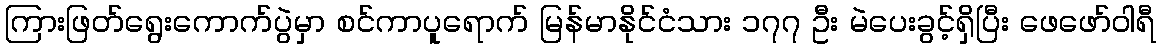
ကြားဖြတ်ရွေးကောက်ပွဲမှာ စင်ကာပူရောက် မြန်မာနိုင်ငံသား ၁၇၇ ဦး မဲပေးခွင့်ရှိပြီး ဖေဖော်ဝါရီ